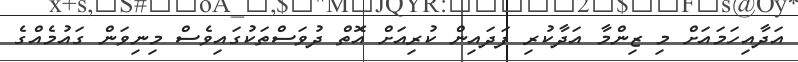
އަދާއިހަމައަށް މި ޒިންމާ އަދާކުރި ފަދައިން ކުރިއަށް އޮތް ދުވަސްތަކުގައިވެސް މިނިވަން ގައުމެއްގެ